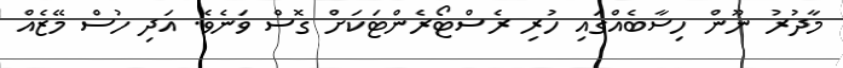
މާދުރު ނޫން ހިސާބެއްގައި ހުރި ރެސްޓޯރެންޓަކަށް ގޮސް ވަނެވެ. އަދި ހުސް މޭޒެއް